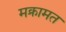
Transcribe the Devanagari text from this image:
मक्रामत